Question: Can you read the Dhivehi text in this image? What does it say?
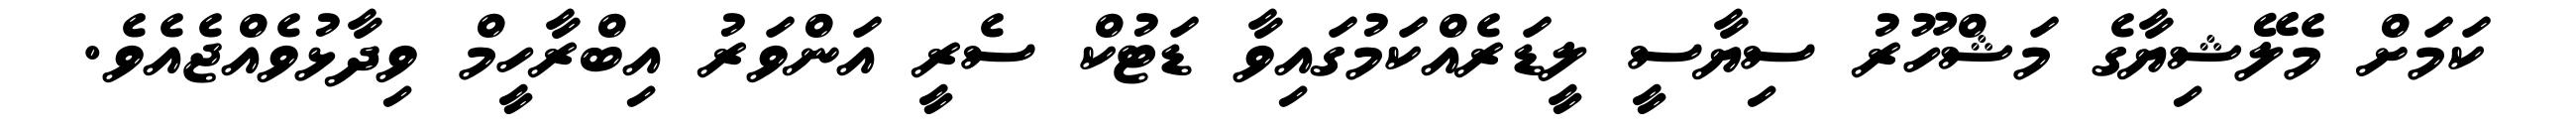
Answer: ކަމަށް މެލޭޝިޔާގެ މަޝްހޫރު ސިޔާސީ ލީޑަރެއްކަމުގައިވާ ޑަޓުކް ސެރީ އަންވަރު އިބްރާހީމް ވިދާޅުވެއްޖެއެވެ.